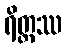
ရိတ္တဿ